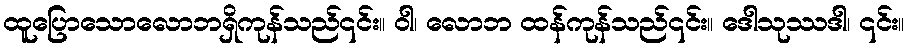
ထူပြောသောလောဘရှိကုန်သည်၎င်း။ ဝါ၊ လောဘ ထန်ကုန်သည်၎င်း။ ဒေါသုဿဒါ၊ ၎င်း။